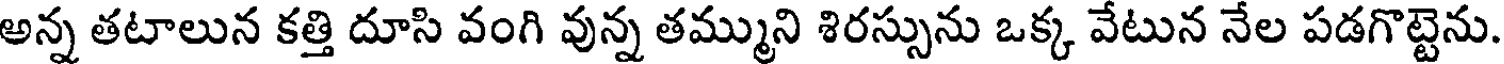
అన్న తటాలున కత్తి దూసి వంగి వున్న తమ్ముని శిరస్సును ఒక్క వేటున నేల పడగొట్టెను.